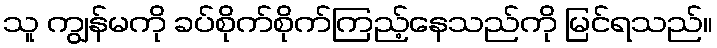
သူ ကျွန်မကို ခပ်စိုက်စိုက်ကြည့်နေသည်ကို မြင်ရသည်။